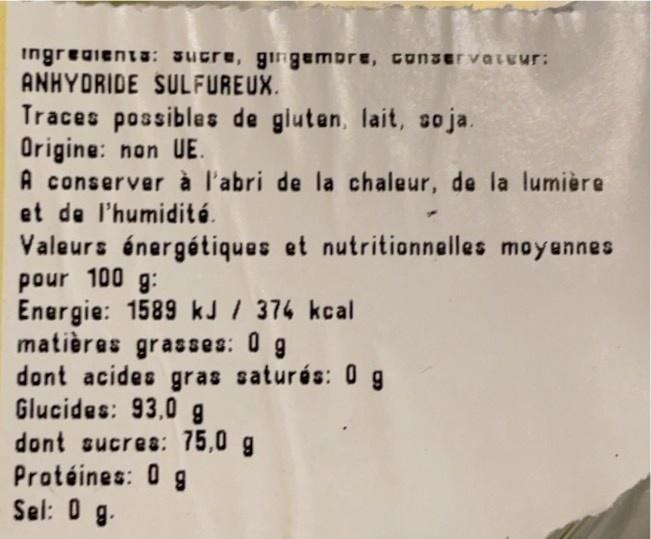
ingreaientu: JUcre, gingemore, conservatEur: ANHYDRIDE SULFUREUX.
Traces possibles de gluten, lait, so ja. Origine: non UE. A conserver à l'abri de la chaleur, de la lumière et de l'humidité.
Valeurs énergétiques et nutritionnelles moyennes pour 100 g: Energie: 1589 kJ / 374 kcal matières grasses: 0 g dont acides gras saturés: 0 g Glucides: 93,0 g dont sucres: 75,0 g Protéines: 0 g Sel: 0 g.